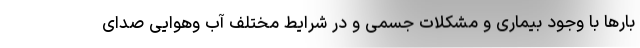
بارها با وجود بیماری و مشکلات جسمی و در شرایط مختلف آب وهوایی صدای